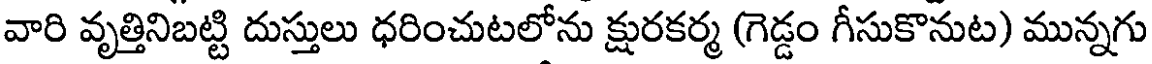
వారి వృత్తినిబట్టి దుస్తులు ధరించుటలోను క్షురకర్మ (గెడ్డం గీసుకొనుట) మున్నగు